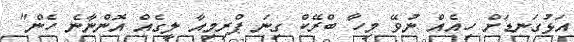
އަޅުގަނޑަށް ހިއެއް ނުވޭ މިހާ ބްރޭކް ގިނަ ޕްރިމިއާ ލީގެއް އޮންނާނެ ހެން"